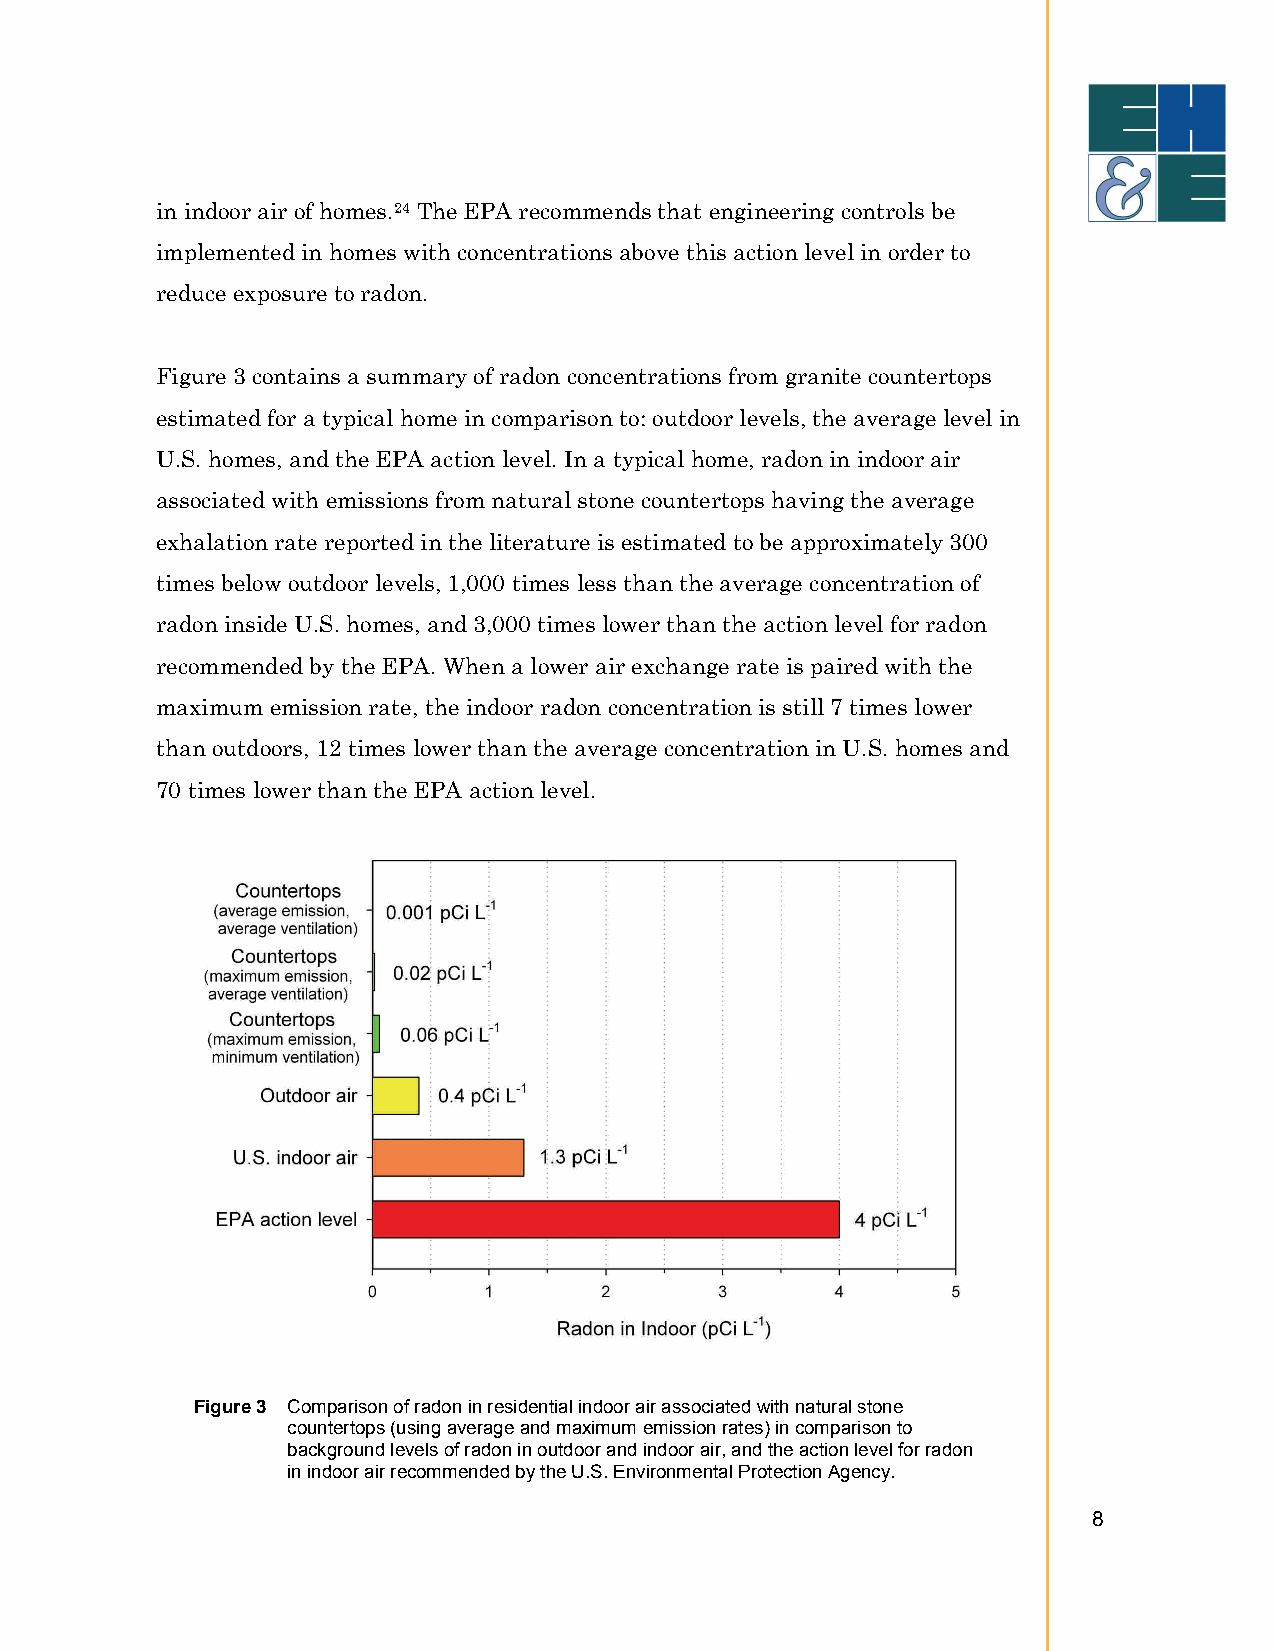
in indoor air of homes.24 The EPA recommends that engineering controls be
 implemented in homes with concentrations above this action level in order to
 reduce exposure to radon.
 Figure 3 contains a summary of radon concentrations from granite countertops
 estimated for a typical home in comparison to: outdoor levels, the average level in
 U.S. homes, and the EPA action level. In a typical home, radon in indoor air
 associated with emissions from natural stone countertops having the average
 exhalation rate reported in the literature is estimated to be approximately 300
 times below outdoor levels, 1,000 times less than the average concentration of
 radon inside U.S. homes, and 3,000 times lower than the action level for radon
 recommended by the EPA. When a lower air exchange rate is paired with the
 maximum emission rate, the indoor radon concentration is still 7 times lower
 than outdoors, 12 times lower than the average concentration in U.S. homes and
 70 times lower than the EPA action level.
 Figure 3 Comparison of radon in residential indoor air associated with natural stone
 countertops (using average and maximum emission rates) in comparison to
 background levels of radon in outdoor and indoor air, and the action level for radon
 in indoor air recommended by the U.S. Environmental Protection Agency.
 8